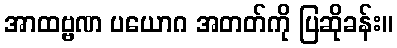
အာထဗ္ဗဏ ပယောဂ အတတ်ကို ပြဆိုခန်း။